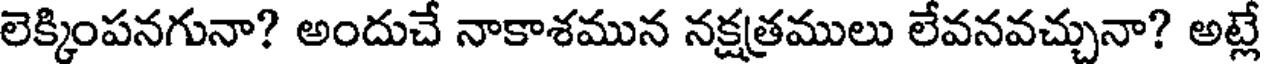
లెక్కింపనగునా? అందుచే నాకాశమున నక్షత్రములు లేవనవచ్చునా? అట్లే